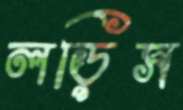
লড়িস